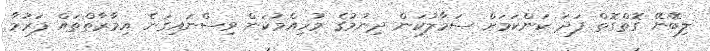
ލިބޭނޭ ގޮތްގޮތް ފަދަ ކަންކަމަށް ސަމާލުކަން ދިނުމުގެ މުހިއްމުކަން ވިސްނައިގަނެ އިމާރާތްތައް ފަރުމާ